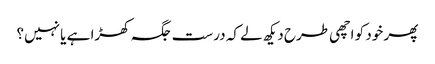
پھر خود کو اچھی طرح دیکھ لے کہ درست جگہ کھڑا ہے یا نہیں؟